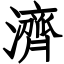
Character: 濟